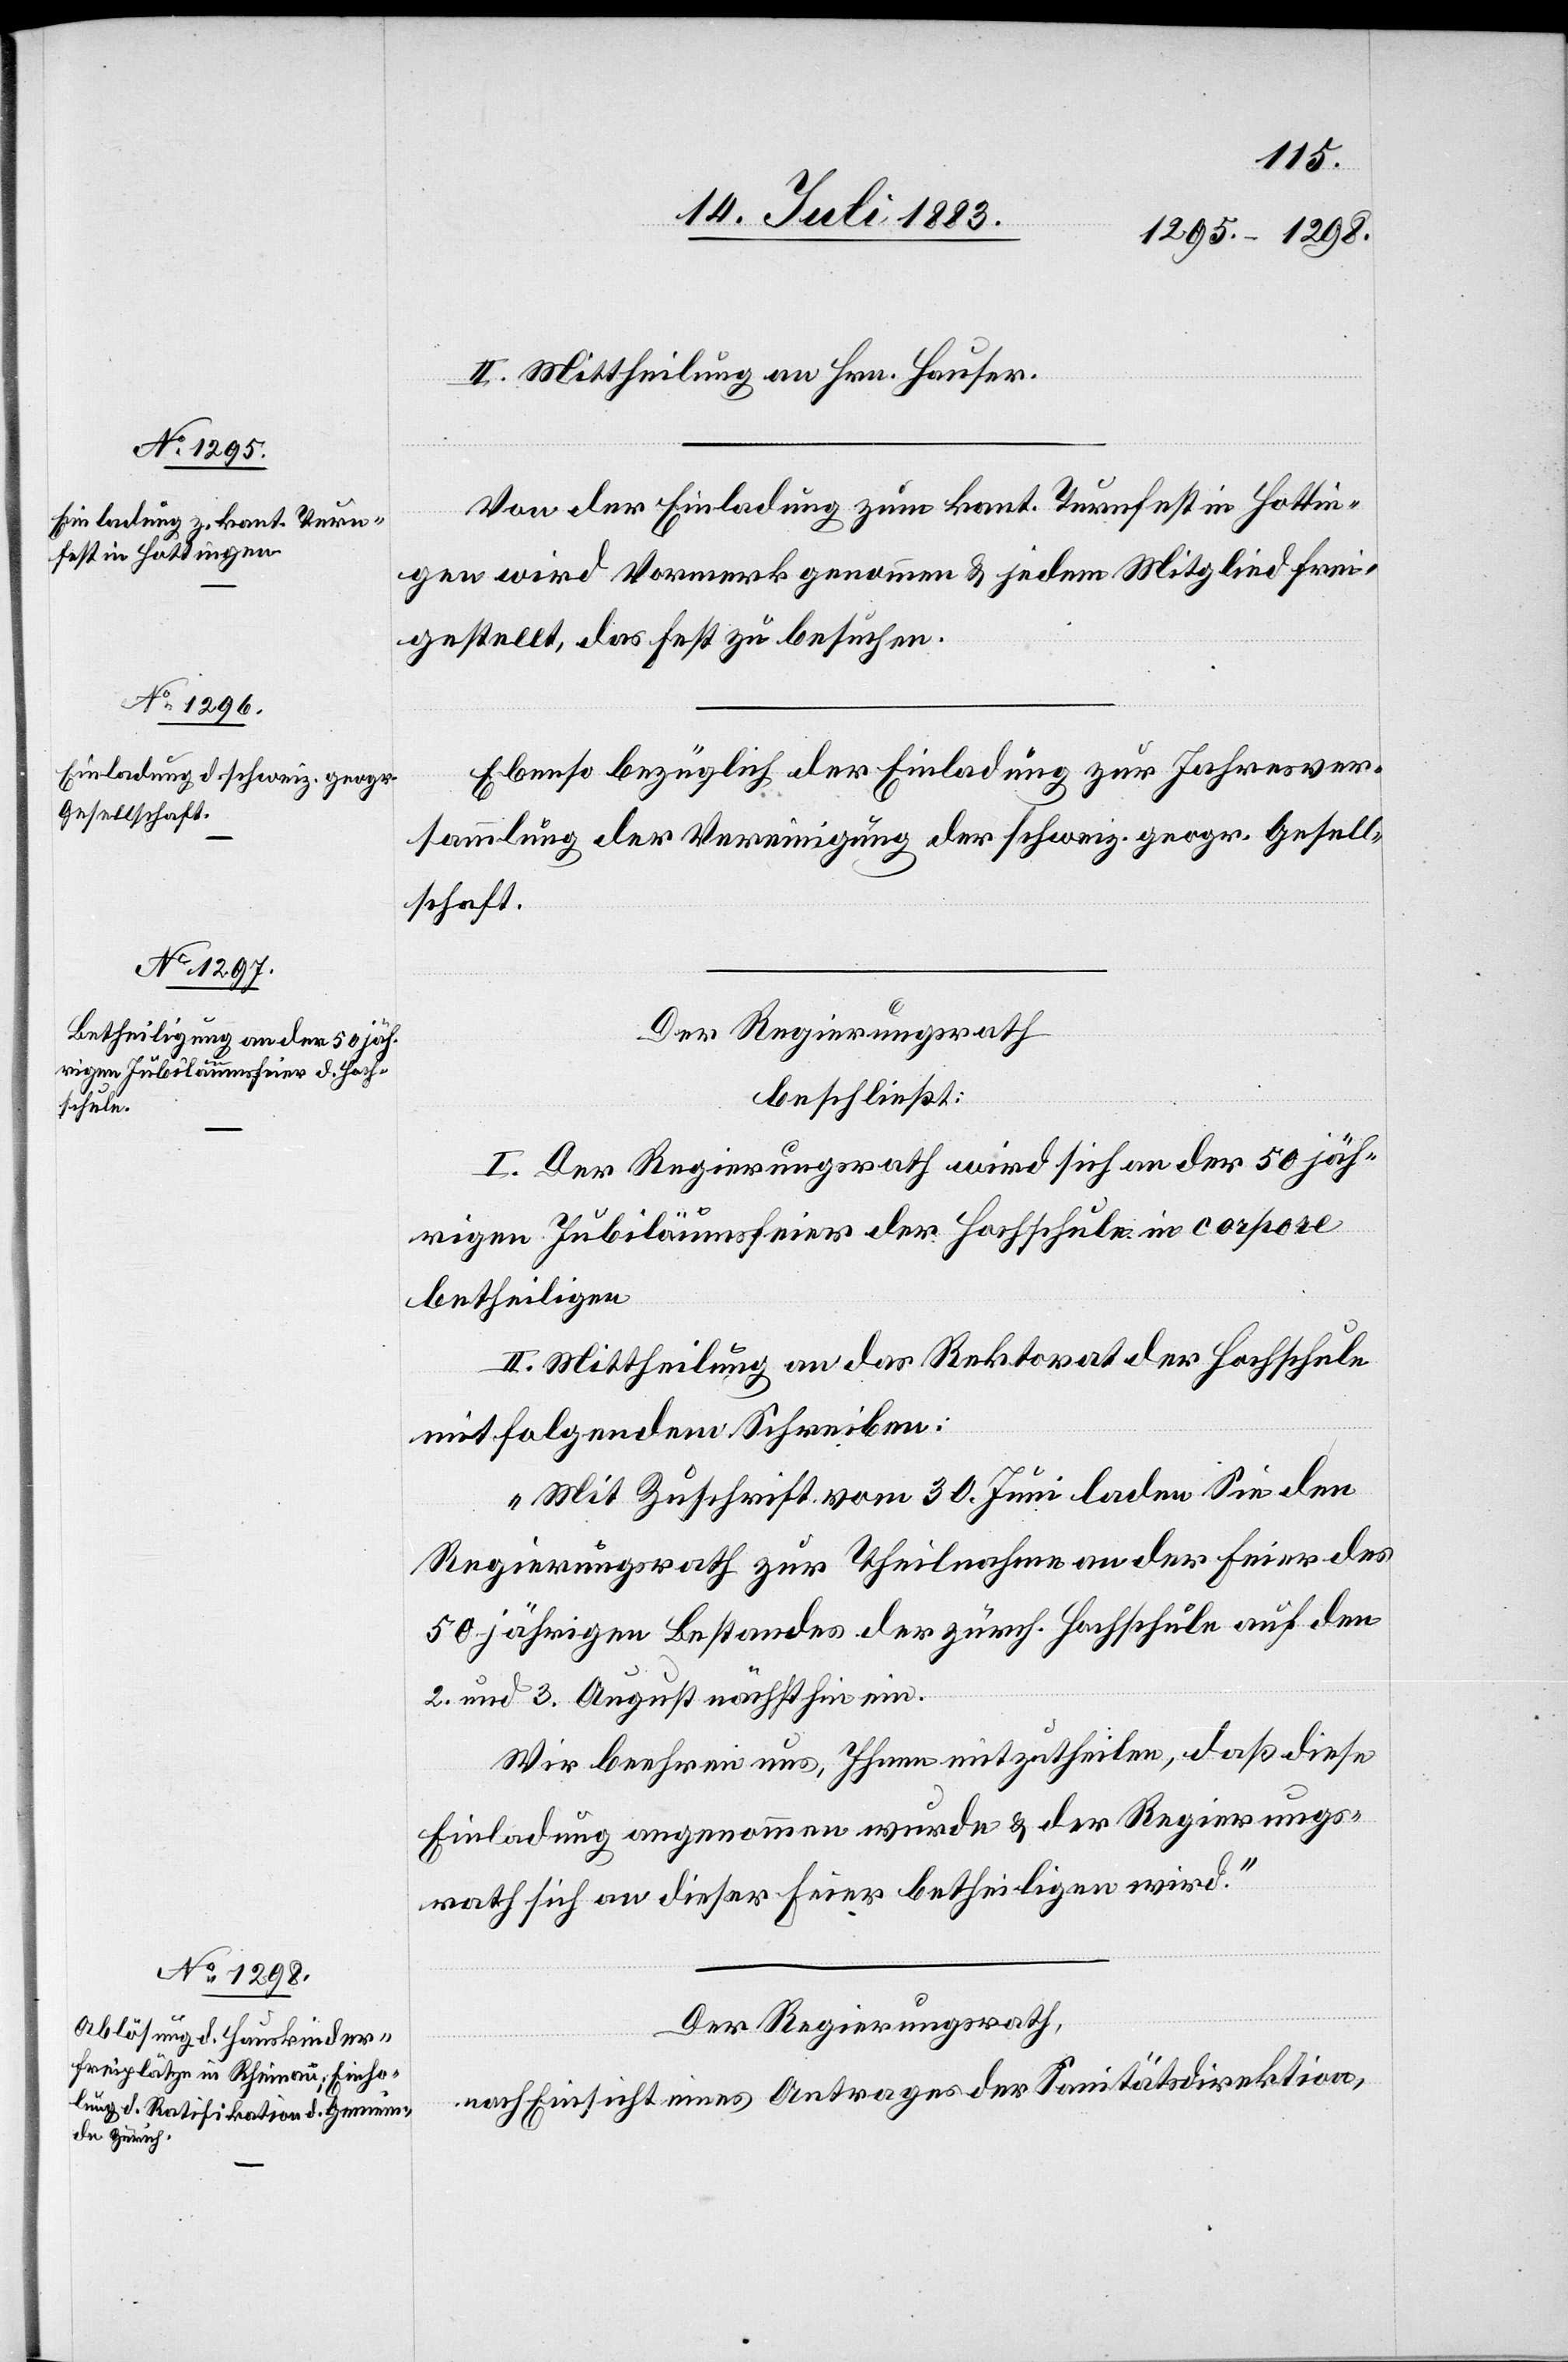
2. und 3.
ein.

II. Mittheilung an Hrn. Hauser.
Von der Einladung zum kant. Turnfest in Hottin¬
gen wird Vormerk genommen & jedem Mitglied frei¬
gestellt, das Fest zu besuchen.
Ebenso bezüglich der Einladung zur Jahresver¬
sammlung der Vereinigung der schweiz. geogr. Gesell¬
schaft.
Der Regierungsrath
beschließt:
I. Der Regierungsrath wird sich an der 50 jäh¬
rigen Jubiläumsfeier der Hochschule in corpore
betheiligen.
II. Mittheilung an das Rektorat der Hochschule
mit folgendem Schreiben:
„Mit Zuschrift vom 30. Juni laden Sie den
Regierungsrath zur Theilnahme an der Feier des
50 jährigen Bestandes der zürch. Hochschule auf den
Wir beehren uns, Ihnen mitzutheilen, daß diese
Einladung angenommen wurde & der Regierungs¬
rath sich an dieser Feier betheiligen wird.“
Der Regierungsrath
nach Einsicht eines Antrages der Sanitätsdirektion,